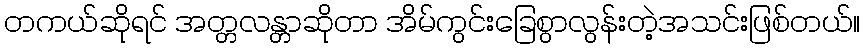
တကယ်ဆိုရင် အတ္တလန္တာဆိုတာ အိမ်ကွင်းခြေစွာလွန်းတဲ့အသင်းဖြစ်တယ်။